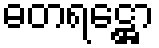
ဓတရဋ္ဌော